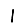
Digit: 1